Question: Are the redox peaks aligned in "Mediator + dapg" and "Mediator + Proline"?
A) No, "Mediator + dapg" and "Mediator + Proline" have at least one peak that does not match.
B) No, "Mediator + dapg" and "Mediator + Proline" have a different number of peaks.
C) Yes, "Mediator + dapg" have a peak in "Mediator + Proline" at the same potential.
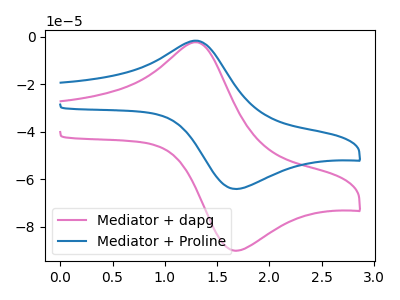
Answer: <think>The pink curve "Mediator + dapg" has an anodic peak at (1.30V, -2.30uA) and a cathodic peak at (1.65V, -90.00uA). The blue curve "Mediator + Proline" has an anodic peak at (1.30V, -1.60uA) and a cathodic peak at (1.65V, -64.00uA).</think>
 <answer>C) Yes, "Mediator + dapg" have a peak in "Mediator + Proline" at the same potential.</answer>
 <eval>C</eval>